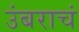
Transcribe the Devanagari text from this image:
उंबराचं